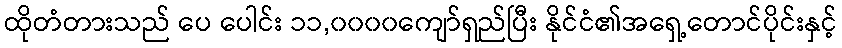
ထိုတံတားသည် ပေ ပေါင်း ၁၁,၀၀၀၀ကျော်ရှည်ပြီး နိုင်ငံ၏အရှေ့တောင်ပိုင်းနှင့်